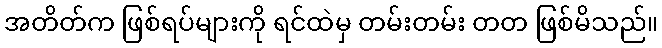
အတိတ်က ဖြစ်ရပ်များကို ရင်ထဲမှ တမ်းတမ်း တတ ဖြစ်မိသည်။